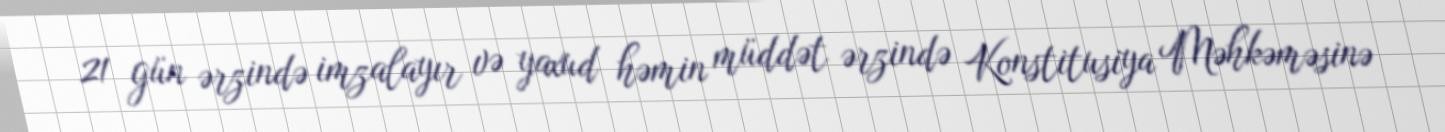
21 gün ərzində imzalayır və yaxud həmin müddət ərzində Konstitusiya Məhkəməsinə